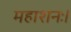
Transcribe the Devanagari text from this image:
महाशनः।